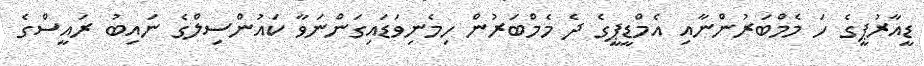
ޑީއާރުޕީގެ ހަ މެމްބަރުންނާއި އެމްޑީޕީގެ ދެ މެމްބަރުން ހިމެނިވަޑައިގަންނަވާ ކައުންސިލްގެ ނައިބު ރައީސްގެ